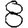
Digit: 8